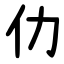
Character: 仂